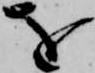
を